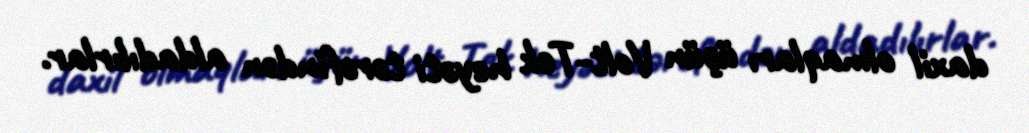
daxil olmaqları üçün Volt-Tek heyəti tərəfindən aldadılırlar.